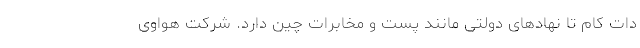
دات کام تا نهادهای دولتی مانند پست و مخابرات چین دارد. شرکت هواوی